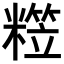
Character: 𥼕